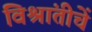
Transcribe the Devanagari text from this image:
विश्रांतीचें